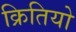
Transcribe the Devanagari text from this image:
क्रितियो